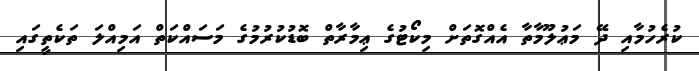
ކުރެހުމާއި ދޭ މަޢުލޫމާތާ އެއްގޮތަށް މިކޯޓުގެ ޢިމާރާތް ބޮޑުކުރުމުގެ މަސައްކަތް އަމިއްލަ ތަކެތީގައި